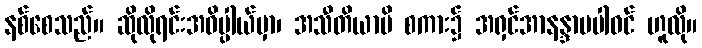
နစ်စေသည်။ ဆိုလိုရင်းအဓိပ္ပါယ်မှာ၊ အသီတိယာပိ စကား၌ အရှင်အာနန္ဒာမပါဝင် ဟူလို။